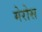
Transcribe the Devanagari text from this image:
मेरोस